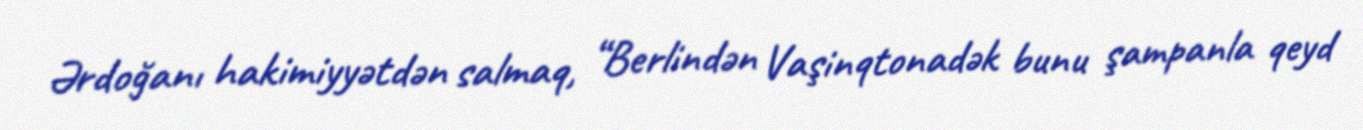
Ərdoğanı hakimiyyətdən salmaq, “Berlindən Vaşinqtonadək bunu şampanla qeyd